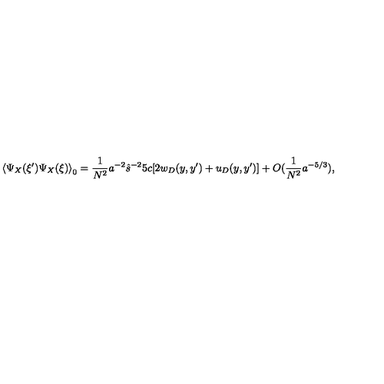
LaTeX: \left\langle \Psi _ { X } ( \xi ^ { \prime } ) \Psi _ { X } ( \xi ) \right\rangle _ { 0 } = \frac { 1 } { N ^ { 2 } } a ^ { - 2 } \hat { s } ^ { - 2 } 5 c [ 2 w _ { D } ( y , y ^ { \prime } ) + u _ { D } ( y , y ^ { \prime } ) ] + O ( \frac { 1 } { N ^ { 2 } } a ^ { - 5 / 3 } ) ,